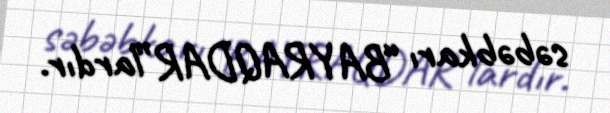
səbəbkarı “BAYRAQDAR”lardır.